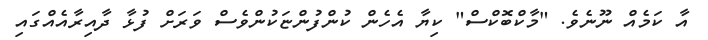
އާ ކަމެއް ނޫނެވެ. "މާކްބޮކްސް" ކިޔާ އެހެން ކުންފުންޏަކުންވެސް ވަރަށް ފުޅާ ދާއިރާއެއްގައި